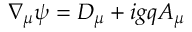
\nabla _ { \mu } \psi = D _ { \mu } + i g q A _ { \mu }